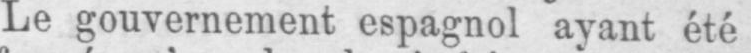
Le gouvernement espagnol ayant été